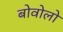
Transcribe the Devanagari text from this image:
बोवोलो